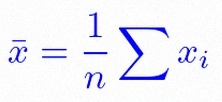
\bar{x}=\frac1n\sum x_i